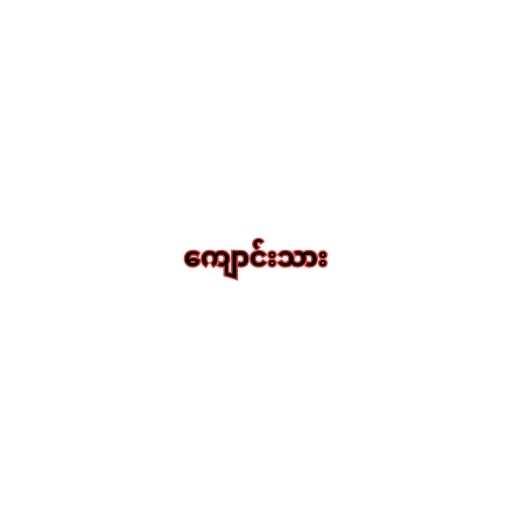
ကျောင်းသား